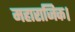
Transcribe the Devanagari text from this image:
महाराजिक।